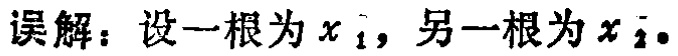
误解：设一根为\(x_1\)，另一根为\(x_2\)。